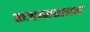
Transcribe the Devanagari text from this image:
कजाकस्तान